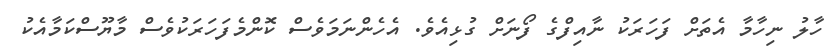
ހާލު ނިހާމާ އެތަށް ފަހަރަކު ނާއިފްގެ ފޯނަށް ގުޅިއެވެ. އެހެންނަމަވެސް ކޮންމެފަހަރަކުވެސް މާޔޫސްކަމާއެކު